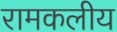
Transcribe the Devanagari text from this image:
रामकलीय